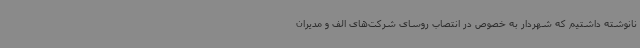
نانوشته داشتیم که شهردار به خصوص در انتصاب روسای شرکت‌های الف و مدیران